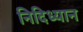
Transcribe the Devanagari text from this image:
निदिध्यान